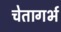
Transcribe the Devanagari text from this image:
चेतागर्भ